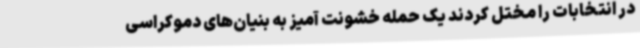
در انتخابات را مختل کردند یک حمله خشونت آمیز به بنیان‌های دموکراسی